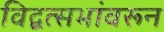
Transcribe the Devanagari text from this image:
विद्वत्सभांवरून